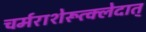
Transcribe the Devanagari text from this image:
चर्मराशेरूत्क्लेदात्